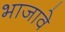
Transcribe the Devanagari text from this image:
भाजावे